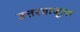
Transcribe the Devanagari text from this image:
उत्तरबाजूला